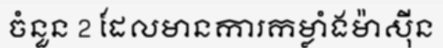
ចំនួន 2 ដែលមានការកម្លាំងម៉ាស៊ីន